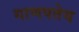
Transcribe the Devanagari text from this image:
गाणपतेय